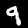
Digit: 9